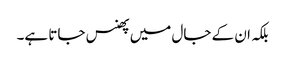
بلکہ ان کے جال میں پھنس جاتا ہے۔